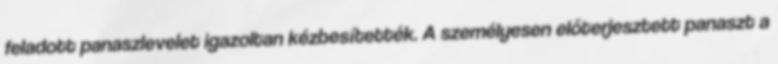
feladott panaszlevelet igazoltan kézbesítették. A személyesen előterjesztett panaszt a